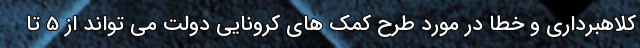
کلاهبرداری و خطا در مورد طرح کمک های کرونایی دولت می تواند از 5 تا